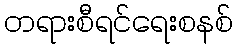
တရားစီရင်ရေးစနစ်